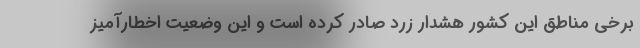
برخی مناطق این کشور هشدار زرد صادر کرده است و این وضعیت اخطارآمیز